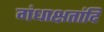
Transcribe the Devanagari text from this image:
गंधाक्षतांदि